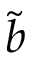
\tilde { b }